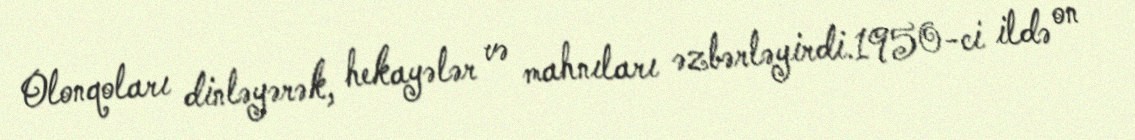
Olonqoları dinləyərək, hekayələr və mahnıları əzbərləyirdi.1950-ci ildə on